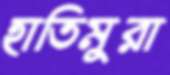
হাতিমুরা